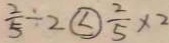
\frac { 2 } { 5 } \div 2 \textcircled { < } \frac { 2 } { 5 } \times 2